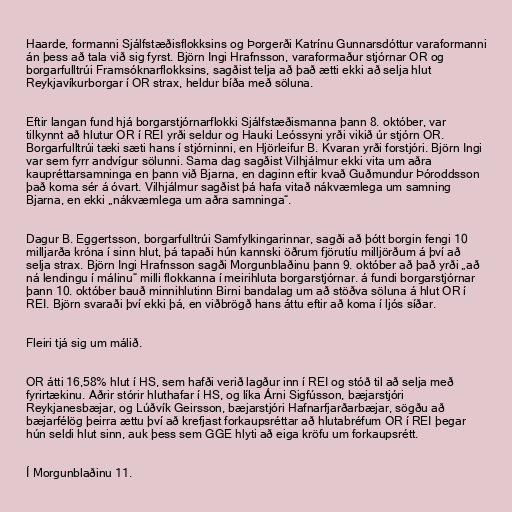
Haarde, formanni Sjálfstæðisflokksins og Þorgerði Katrínu Gunnarsdóttur varaformanni
án þess að tala við sig fyrst. Björn Ingi Hrafnsson, varaformaður stjórnar OR og
borgarfulltrúi Framsóknarflokksins, sagðist telja að það ætti ekki að selja hlut
Reykjavíkurborgar í OR strax, heldur bíða með söluna.

Eftir langan fund hjá borgarstjórnarflokki Sjálfstæðismanna þann 8. október, var
tilkynnt að hlutur OR í REI yrði seldur og Hauki Leóssyni yrði vikið úr stjórn OR.
Borgarfulltrúi tæki sæti hans í stjórninni, en Hjörleifur B. Kvaran yrði forstjóri. Björn Ingi
var sem fyrr andvígur sölunni. Sama dag sagðist Vilhjálmur ekki vita um aðra
kaupréttarsamninga en þann við Bjarna, en daginn eftir kvað Guðmundur Þóroddsson
það koma sér á óvart. Vilhjálmur sagðist þá hafa vitað nákvæmlega um samning
Bjarna, en ekki „nákvæmlega um aðra samninga“.

Dagur B. Eggertsson, borgarfulltrúi Samfylkingarinnar, sagði að þótt borgin fengi 10
milljarða króna í sinn hlut, þá tapaði hún kannski öðrum fjörutíu milljörðum á því að
selja strax. Björn Ingi Hrafnsson sagði Morgunblaðinu þann 9. október að það yrði „að
ná lendingu í málinu“ milli flokkanna í meirihluta borgarstjórnar. á fundi borgarstjórnar
þann 10. október bauð minnihlutinn Birni bandalag um að stöðva söluna á hlut OR í
REI. Björn svaraði því ekki þá, en viðbrögð hans áttu eftir að koma í ljós síðar.

Fleiri tjá sig um málið.

OR átti 16,58% hlut í HS, sem hafði verið lagður inn í REI og stóð til að selja með
fyrirtækinu. Aðrir stórir hluthafar í HS, og líka Árni Sigfússon, bæjarstjóri
Reykjanesbæjar, og Lúðvík Geirsson, bæjarstjóri Hafnarfjarðarbæjar, sögðu að
bæjarfélög þeirra ættu því að krefjast forkaupsréttar að hlutabréfum OR í REI þegar
hún seldi hlut sinn, auk þess sem GGE hlyti að eiga kröfu um forkaupsrétt.

Í Morgunblaðinu 11.